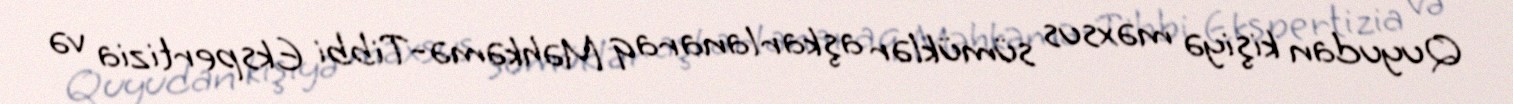
Quyudan kişiyə məxsus sümüklər aşkarlanaraq Məhkəmə-Tibbi Ekspertizia və